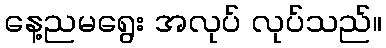
နေ့ညမရွေး အလုပ် လုပ်သည်။